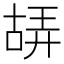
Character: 𠸙